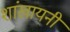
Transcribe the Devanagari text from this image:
शांखायनी